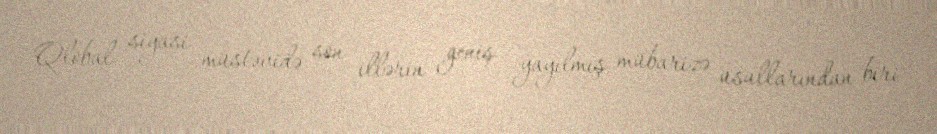
Qlobal siyasi müstəvidə son illərin geniş yayılmış mübarizə üsullarından biri